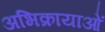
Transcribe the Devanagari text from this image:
अभिक्रायाओं